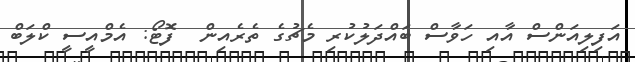
އަފިލިއަންސް އާއި ހަވާސް ބައްދަލުކުރި މެޗުގެ ތެރެއިން  ފޮޓޯ: އެމްއީސީ ކްލަބް